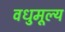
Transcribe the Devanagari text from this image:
वधुमूल्य